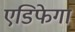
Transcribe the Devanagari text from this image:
एडिफेगा